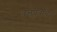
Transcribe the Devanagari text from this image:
वृत्तपत्राचेच